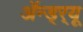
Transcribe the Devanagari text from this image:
ॲन्ड्र्‍यू